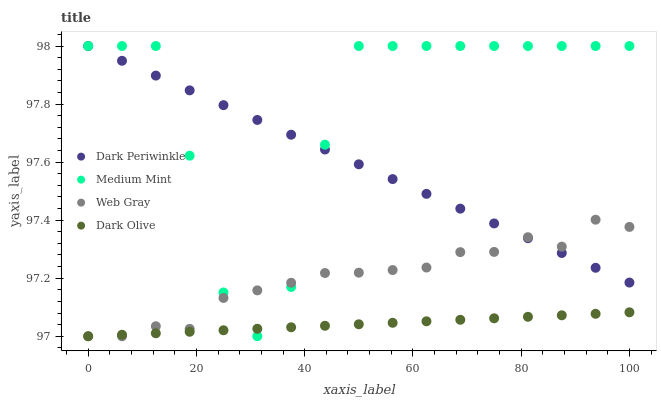
| xaxis_label | Dark Periwinkle | Medium Mint | Web Gray | Dark Olive |
 | --- | --- | --- | --- | --- |
 | 0 | 98 | 98 | 97 | 97 |
 | 6.25 | 97.9 | 98 | 97 | 97 |
 | 12.5 | 97.9 | 98 | 97 | 97 |
 | 18.8 | 97.8 | 97.6 | 97 | 97 |
 | 25 | 97.8 | 97.2 | 97.1 | 97 |
 | 31.2 | 97.7 | 97 | 97.2 | 97 |
 | 37.5 | 97.7 | 97.2 | 97.2 | 97 |
 | 43.8 | 97.6 | 97.7 | 97.2 | 97 |
 | 50 | 97.6 | 98 | 97.2 | 97 |
 | 56.2 | 97.5 | 98 | 97.2 | 97 |
 | 62.5 | 97.5 | 98 | 97.2 | 97.1 |
 | 68.8 | 97.4 | 98 | 97.3 | 97.1 |
 | 75 | 97.4 | 98 | 97.3 | 97.1 |
 | 81.2 | 97.3 | 98 | 97.3 | 97.1 |
 | 87.5 | 97.3 | 98 | 97.3 | 97.1 |
 | 93.8 | 97.2 | 98 | 97.4 | 97.1 |
 | 100 | 97.2 | 98 | 97.4 | 97.1 |